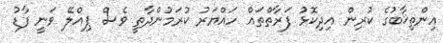
އިންތިޚާބުގެ ކުރިން އިދިކޮޅު ފަރާތްތައް ހައްޔަރު ކުރަމުންދާތީ ވެސް ޕިއްލޭ ވަނީ ފާޑު